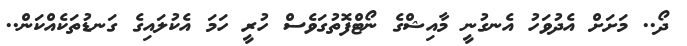
ދޯ.. މަށަށް އެދުވަހު އެނގުނީ މާއިޝްގެ ނޯޓްފޮތުގަވެސް ހުރީ ހަމަ އެކުލައިގެ ގަނޑުތަކެއްކަން..